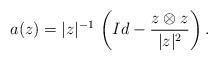
LaTeX: \begin{align*} a(z)=|z|^{-1} \, \left(Id -\frac{z\otimes z}{|z|^2} \right).\end{align*}